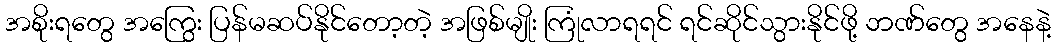
အစိုးရတွေ အကြွေး ပြန်မဆပ်နိုင်တော့တဲ့ အဖြစ်မျိုး ကြုံလာရရင် ရင်ဆိုင်သွားနိုင်ဖို့ ဘဏ်တွေ အနေနဲ့